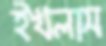
ইখলাস